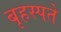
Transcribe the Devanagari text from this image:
बृहस्पते